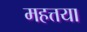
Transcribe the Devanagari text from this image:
महत्तया